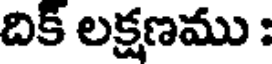
దిక్ లక్షణము :